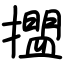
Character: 擝